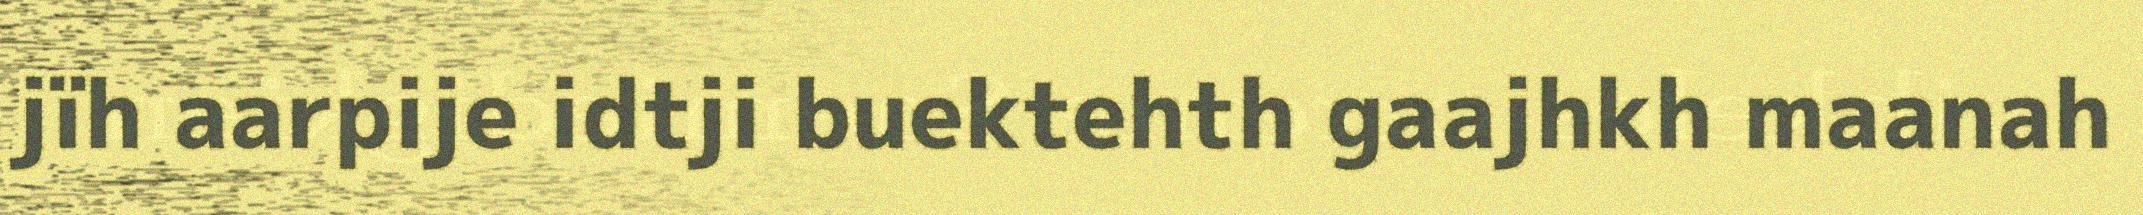
jïh aarpije idtji buektehth gaajhkh maanah